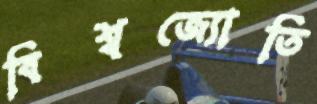
বিশ্বজ্যোতি